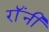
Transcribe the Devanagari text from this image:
रॉंनी